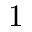
1